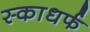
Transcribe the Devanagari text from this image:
स्काधर्फ